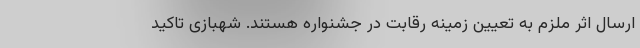
ارسال اثر ملزم به تعیین زمینه رقابت در جشنواره هستند. شهبازی تاکید